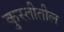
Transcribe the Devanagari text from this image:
कुस्तीतील